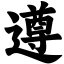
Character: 遵